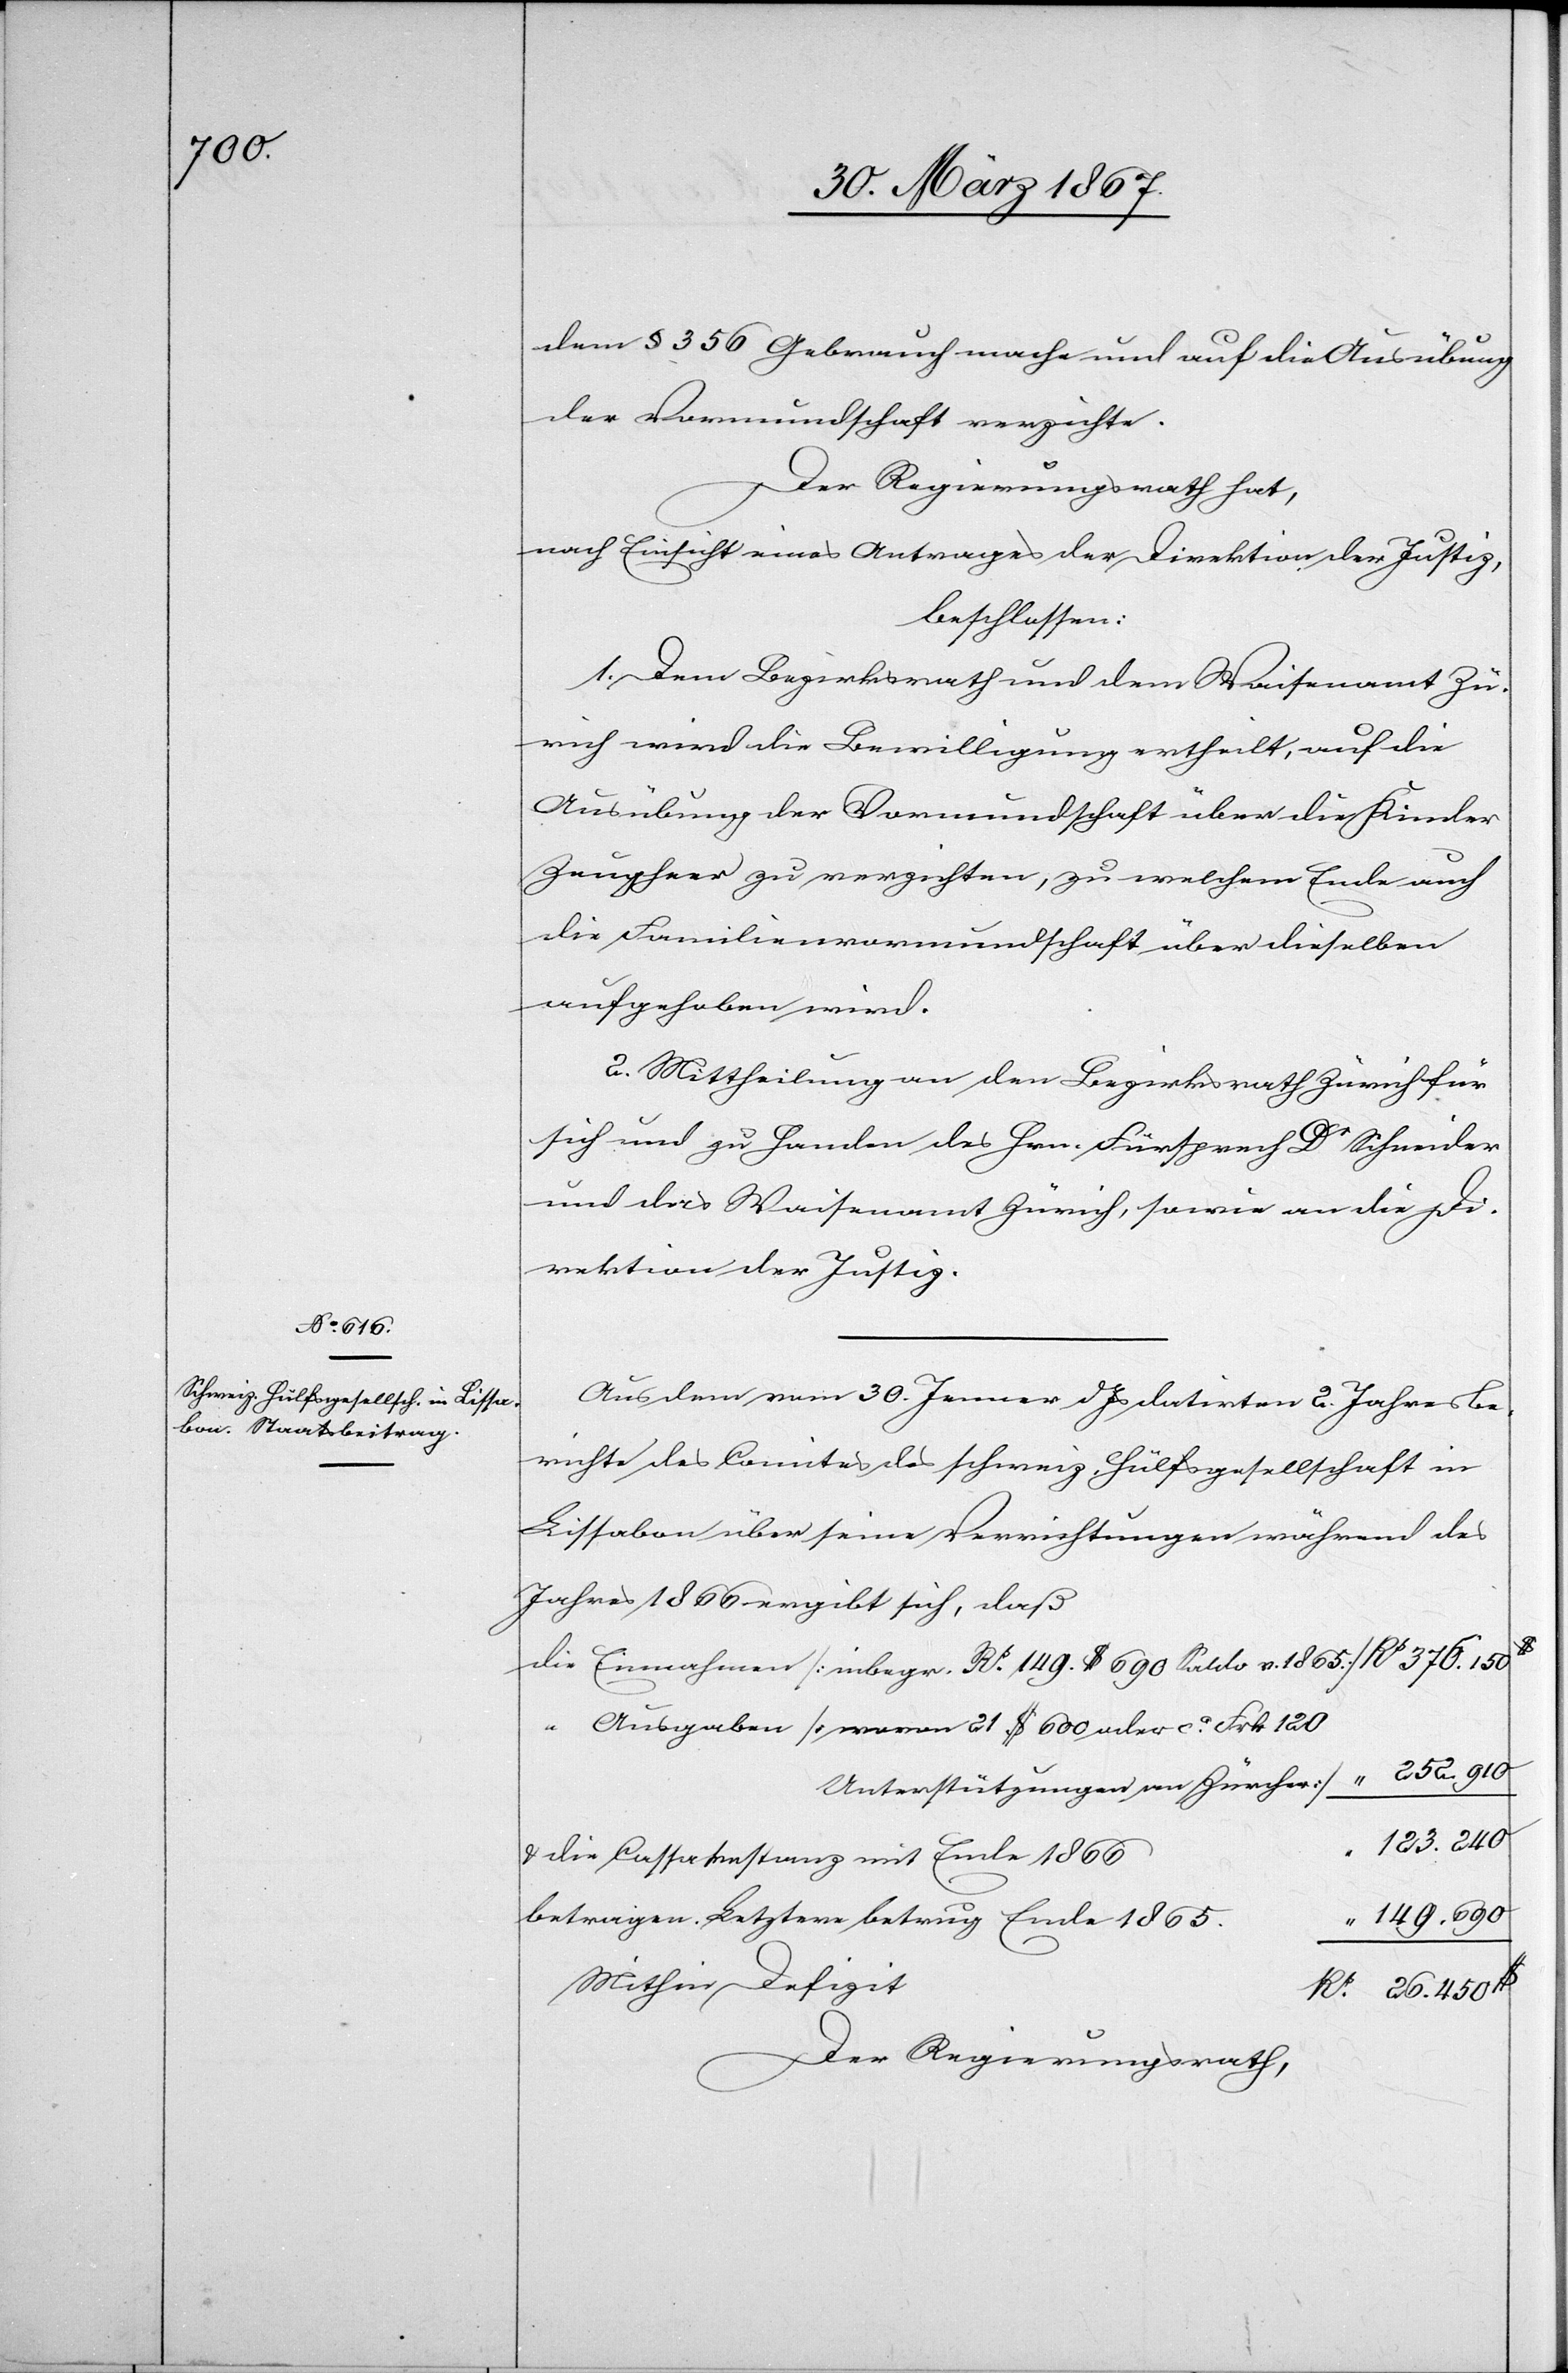
dem § 356 Gebrauch mache und auf die Ausübung
der Vormundschaft verzichte.
Der Regierungsrath hat,
nach Einsicht eines Antrages der Direktion der Justiz,
beschlossen:
1. Dem Bezirksrath und dem Waisenamt Zü¬
rich wird die Bewilligung ertheilt, auf die
Ausübung der Vormundschaft über die Kinder
Zeugheer zu verzichten, zu welchem Ende auch
die Familienvormundschaft über dieselben
aufgehoben wird.
2. Mittheilung an den Bezirksrath Zürich für
sich und zu Handen des Hrn. Fürsprech Dr Schneider
und das Waisenamt Zürich, sowie an die Di¬
rektion der Justiz.
Aus dem vom 30. Jenner datirten 2. Jahresbe¬
richte des Comites der schweiz. Hülfsgesellschaft in
Lissabon über seine Verrichtungen während des
Jahres 1866 ergibt sich, daß
die 	Einnahmen [inbegr. Rp. 149. $ 690 Saldo v. 1865]				Rp	376.150$
“	Ausgaben [wovon 21 $ 600 oder ca. Frk. 120
betragen. Letztere betrug Ende
Mithin
26.450$
Der Regierungsrath,